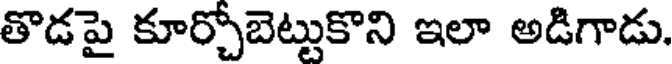
తొడపై కూర్చోబెట్టుకొని ఇలా అడిగాడు.